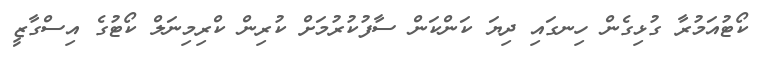
ކޯޓުއަމުރާ ގުޅިގެން ހިނގައި ދިޔަ ކަންކަން ސާފުކުރުމަށް ކުރިން ކްރިމިނަލް ކޯޓުގެ އިސްގާޒީ